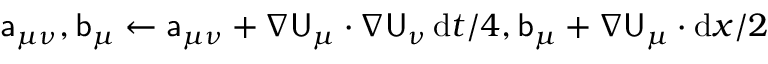
\mathsf { a } _ { \mu \nu } , \mathsf { b } _ { \mu } \gets \mathsf { a } _ { \mu \nu } + \nabla \mathsf { U } _ { \mu } \cdot \nabla \mathsf { U } _ { \nu } \, \mathrm { d } t / 4 , \mathsf { b } _ { \mu } + \nabla \mathsf { U } _ { \mu } \cdot \mathrm { d } { \boldsymbol { x } } / 2